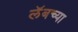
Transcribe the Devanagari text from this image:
लॅबच्या